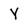
Character: Y